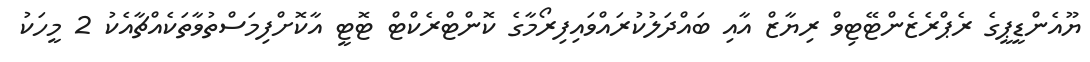
ޔޫއެންޑީޕީގެ ރެޕްރެޒެންޓޭޓިވް ރިޔާޒް އާއި ބައްދަލުކުރައްވައިފިރޯމާގެ ކޮންޓްރެކްޓް ޓޮޓީ އާކޮށްފިމަސްތުވާތަކެއްޗާއެކު 2 މީހަކު